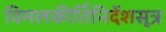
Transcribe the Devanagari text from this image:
विमलकीर्तिनिर्देशसूत्र